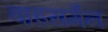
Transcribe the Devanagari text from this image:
वाइसमैन